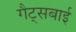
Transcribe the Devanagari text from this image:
गैट्सबाई